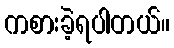
ကစားခဲ့ရပါတယ်။